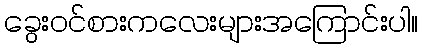
ခွေးဝင်စားကလေးများအကြောင်းပါ။